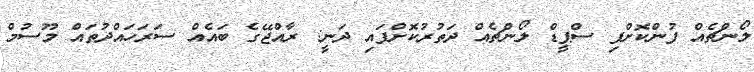
ލޯންޗެއް ފުންކޮށްފި ސްޕީޑް ލޯންޗެއް ދަތުރުކޮށްފައި ދަނީ: ރާއްޖޭގެ ބައެއް ސަރަހައްދުތައް މޫސުމް